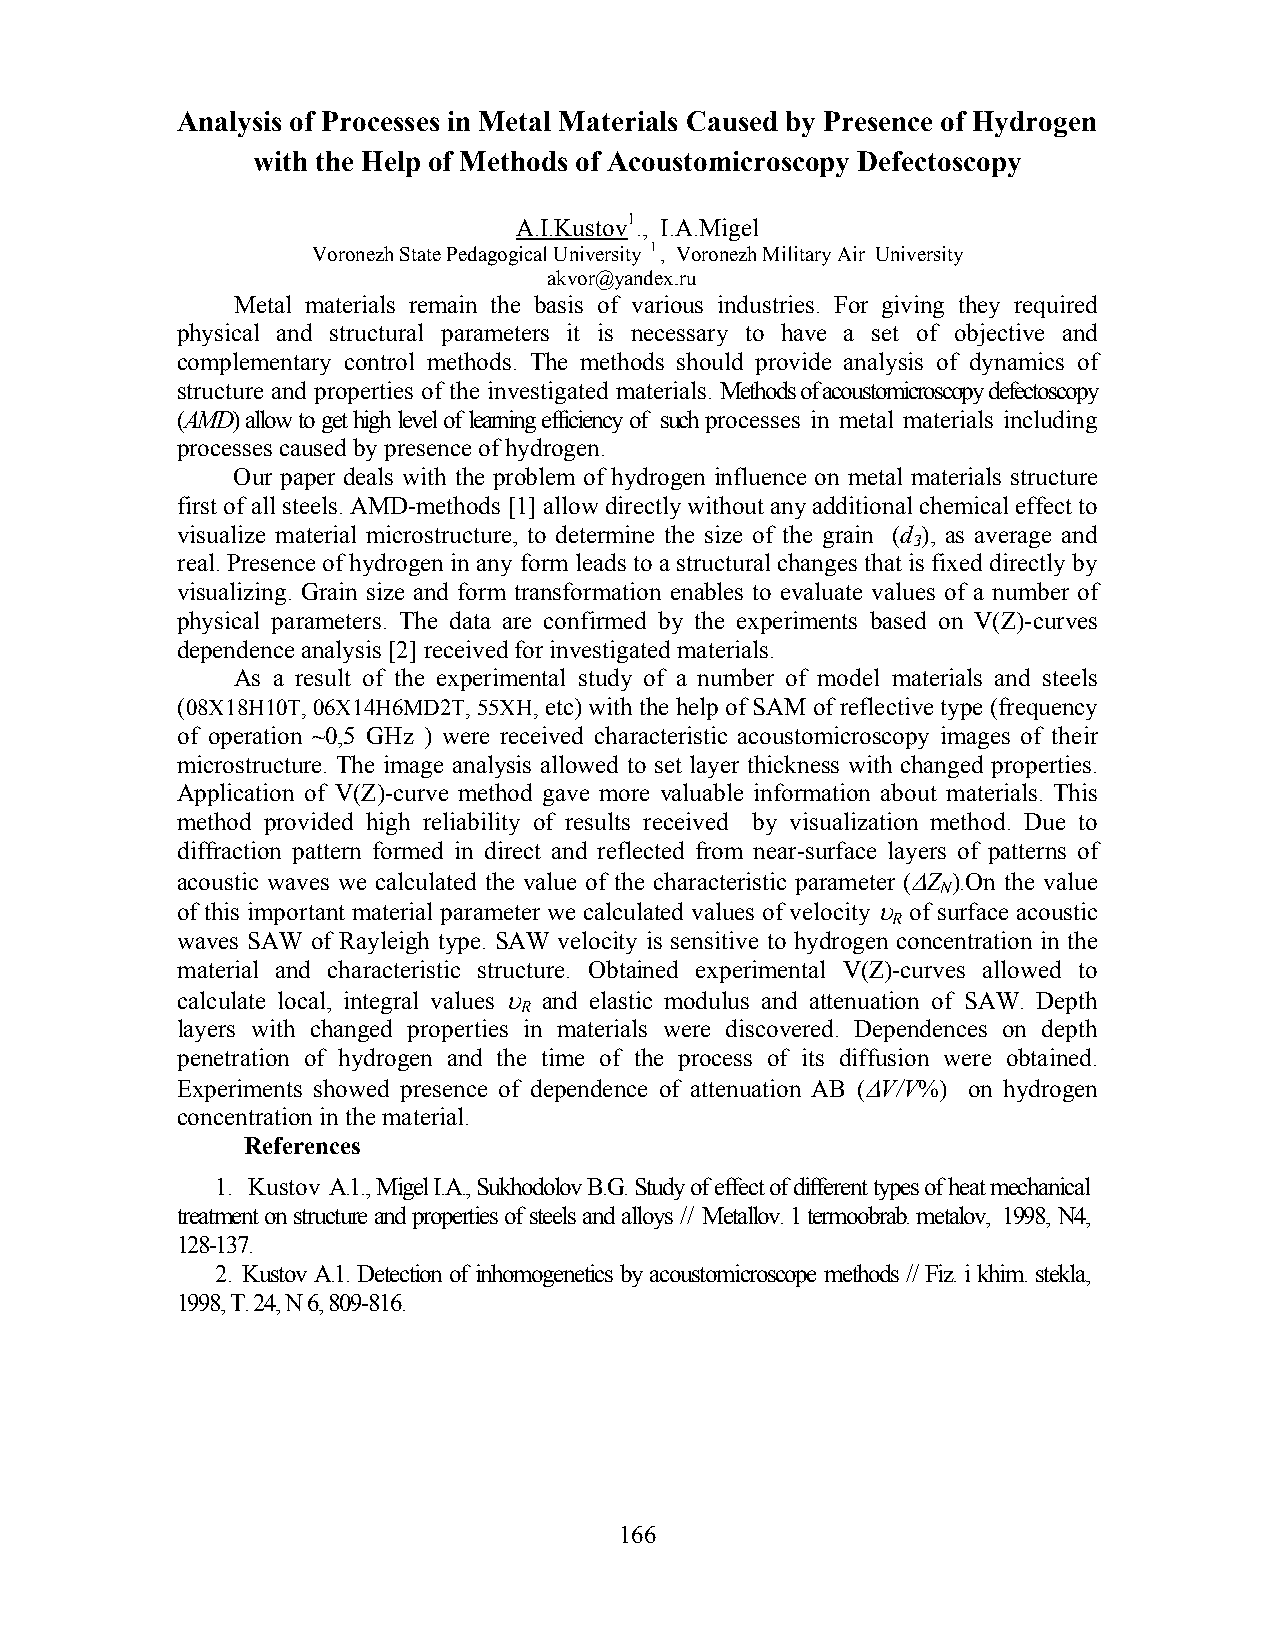
Analysis of Processes in Metal Materials Caused by Presence of Hydrogen
 with the Help of Methods of Acoustomicroscopy Defectoscopy
 А.I.Kustov1., I.А.Migel
 Voronezh State Pedagogical University 1 , Voronezh Military Air University
 akvor@yandex.ru
 Metal materials remain the basis of various industries. For giving they required
 physical and structural parameters it is necessary to have a set of objective and
 complementary control methods. The methods should provide analysis of dynamics of
 structure and properties of the investigated materials. Methods of acoustomicroscopy defectoscopy
 (AMD) allow to get high level of learning efficiency of such processes in metal materials including
 processes caused by presence of hydrogen.
 Our paper deals with the problem of hydrogen influence on metal materials structure
 first of all steels. AMD-methods [1] allow directly without any additional chemical effect to
 visualize material microstructure, to determine the size of the grain (d ), as average and
 З
 real. Presence of hydrogen in any form leads to a structural changes that is fixed directly by
 visualizing. Grain size and form transformation enables to evaluate values of a number of
 physical parameters. The data are confirmed by the experiments based on V(Z)-curves
 dependence analysis [2] received for investigated materials.
 As a result of the experimental study of a number of model materials and steels
 (08X18H10T, 06X14H6MD2T, 55XH, etc) with the help of SAM of reflective type (frequency
 of operation ~0,5 GHz ) were received characteristic acoustomicroscopy images of their
 microstructure. The image analysis allowed to set layer thickness with changed properties.
 Application of V(Z)-curve method gave more valuable information about materials. This
 method provided high reliability of results received by visualization method. Due to
 diffraction pattern formed in direct and reflected from near-surface layers of patterns of
 acoustic waves we calculated the value of the characteristic parameter (ΔZ ).On the value
 N
 of this important material parameter we calculated values of velocity υ of surface acoustic
 R
 waves SAW of Rayleigh type. SAW velocity is sensitive to hydrogen concentration in the
 material and characteristic structure. Obtained experimental V(Z)-curves allowed to
 calculate local, integral values υ and elastic modulus and attenuation of SAW. Depth
 R
 layers with changed properties in materials were discovered. Dependences on depth
 penetration of hydrogen and the time of the process of its diffusion were obtained.
 Experiments showed presence of dependence of attenuation AB (ΔV/V%) on hydrogen
 concentration in the material.
 References
 1. Kustov А.1., Migel I.А., Sukhodolov В.G. Study of effect of different types of heat mechanical
 treatment on structure and properties of steels and alloys // Metallov. 1 termoobrab. metalov, 1998, N4,
 128-137.
 2. Kustov А.1. Detection of inhomogenetics by acoustomicroscope methods // Fiz. i khim. stekla,
 1998, T. 24, N 6, 809-816.
 166